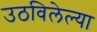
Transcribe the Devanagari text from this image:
उठविलेल्या